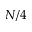
N / 4